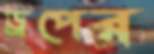
ড্রপের